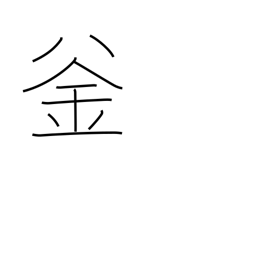
Meaning: kettle